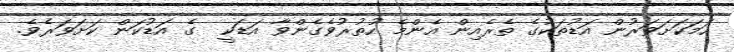
ހަމަކަށަވަރުން އަޑުތަކުގެ ތެރެއިން އެންމެ ހުތުރުވެގެންވާ އަޑަކީ  ގެ އަޑުކަން ކަށަވަރެވެ.